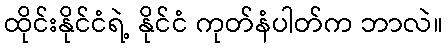
ထိုင်းနိုင်ငံရဲ့ နိုင်ငံ ကုတ်နံပါတ်က ဘာလဲ။